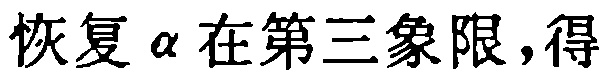
已知\(\alpha\)在第三象限，得